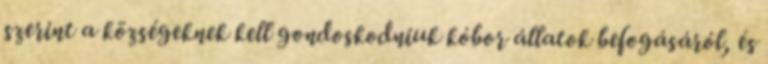
szerint a községeknek kell gondoskodniuk kóbor állatok befogásáról, és